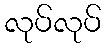
လုပ်လုပ်